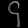
Digit: ၄